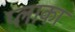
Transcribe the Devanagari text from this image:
प्लाका